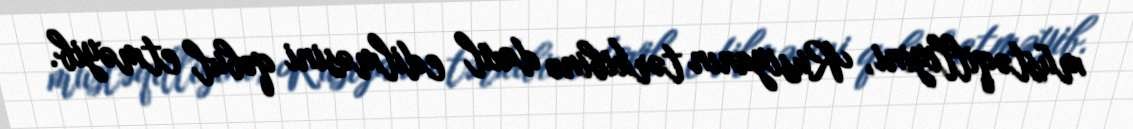
müstəqilliyini, Rusiyanın tərkibinə daxil edilməsini qəbul etməyib.